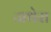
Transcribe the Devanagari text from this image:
जथेरा